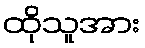
ထိုသူအား